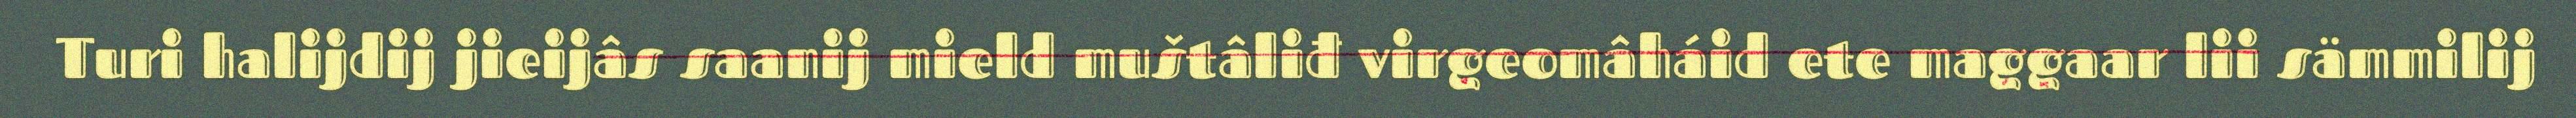
Turi halijdij jieijâs saanij mield muštâliđ virgeomâháid ete maggaar lii sämmilij